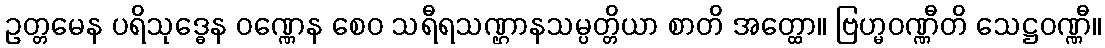
ဥတ္တမေန ပရိသုဒ္ဓေန ဝဏ္ဏေန စေဝ သရီရသဏ္ဌာနသမ္ပတ္တိယာ စာတိ အတ္ထော။ ဗြဟ္မဝဏ္ဏီတိ သေဋ္ဌဝဏ္ဏီ။